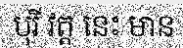
បុរី វត្ត នេះ មាន